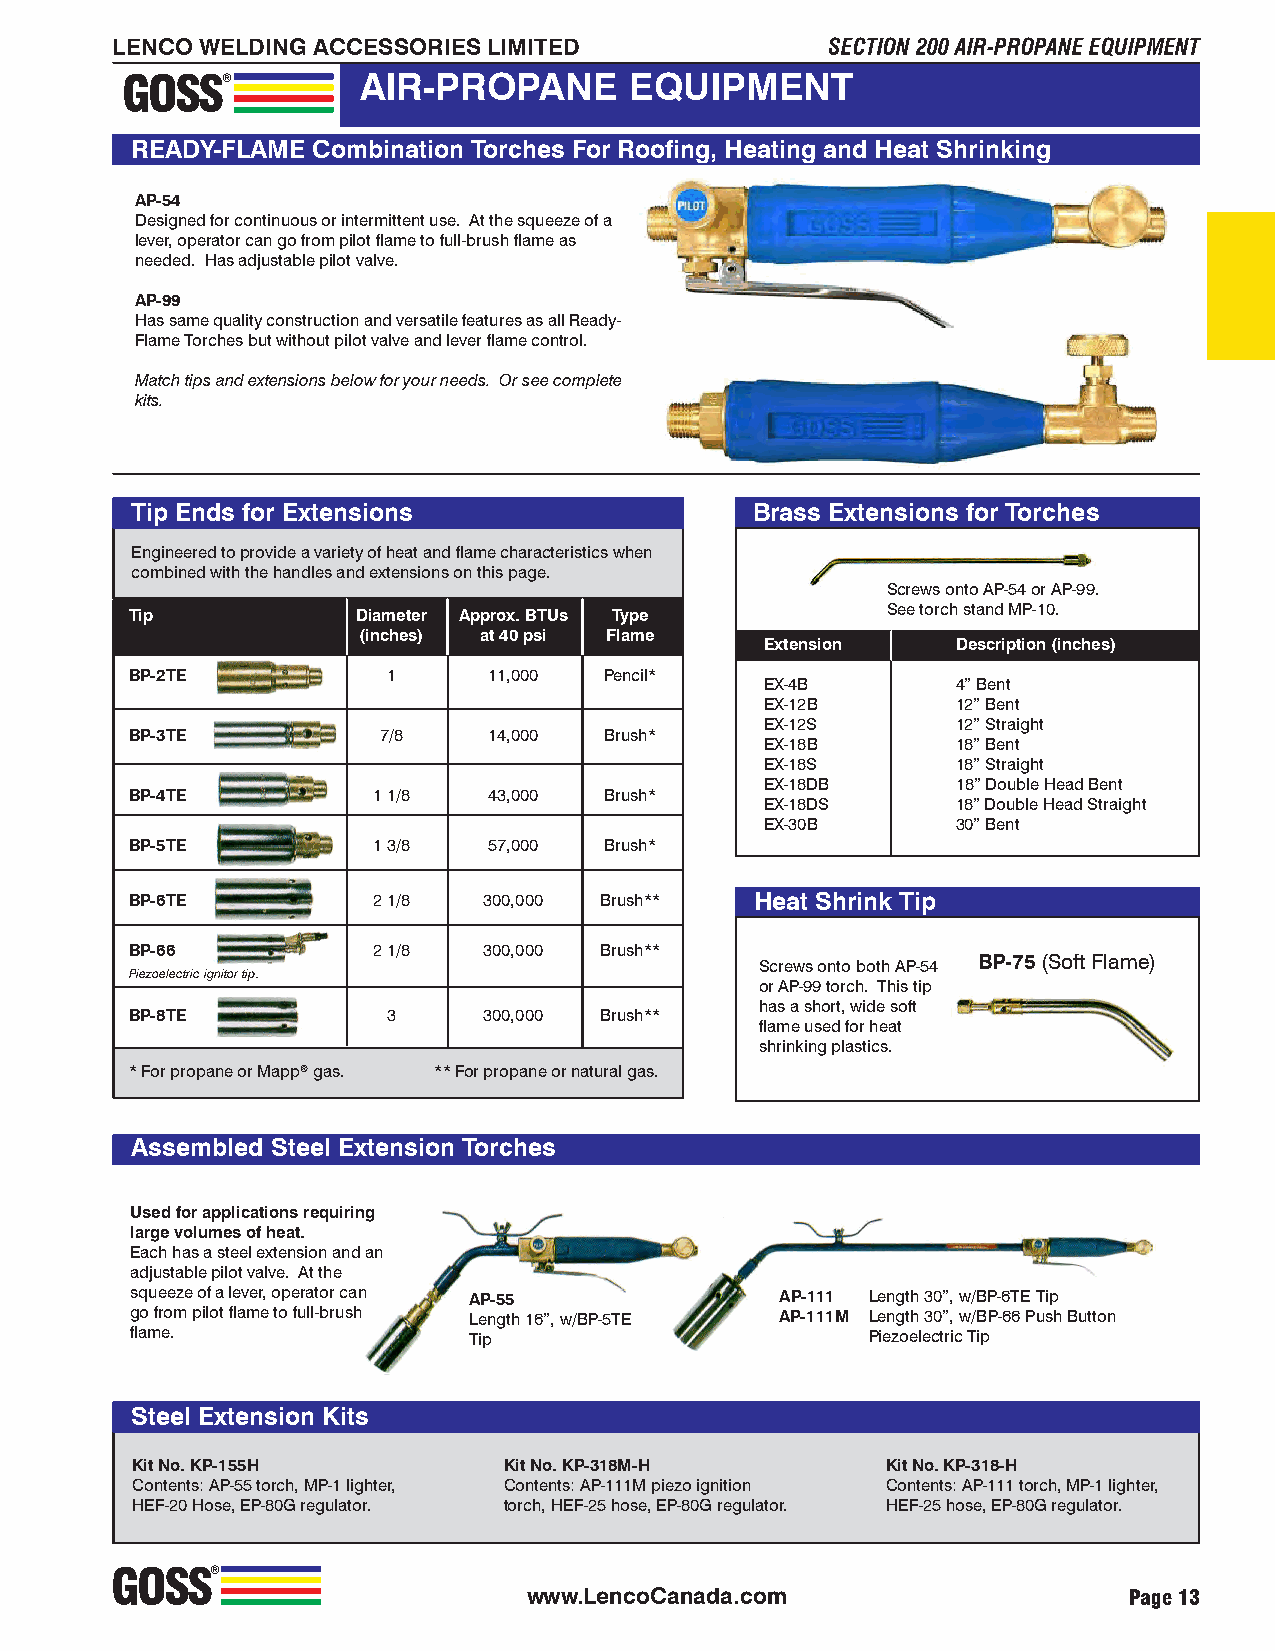
LENCO WELDING ACCESSORIES LIMITED               SECTION 200 AIR-PROPANE EQUIPMENT
 GOSS®           AIR-PROPANE       EQUIPMENT
 READY-FLAME Combination Torches For Roofing, Heating and Heat Shrinking
 AP-54
 Designed for continuous or intermittent use. At the squeeze of a
 lever, operator can go from pilot flame to full-brush flame as
 needed. Has adjustable pilot valve.
 AP-99
 Has same quality construction and versatile features as all Ready-
 Flame Torches but without pilot valve and lever flame control.
 Match tips and extensions below for your needs. Or see complete
 kits.
 Tip Ends for Extensions                  Brass Extensions for Torches
 Engineered to provide a variety of heat and flame characteristics when
 combined with the handles and extensions on this page.
 Screws onto AP-54 or AP-99.
 Tip            Diameter Approx. BTUs Type         See torch stand MP-10.
 (inches) at 40 psi Flame
 Extension   Description (inches)
 BP-2TE           1     11,000  Pencil*
 EX-4B       4” Bent
 EX-12B      12” Bent
 EX-12S      12” Straight
 BP-3TE          7/8    14,000  Brush*
 EX-18B      18” Bent
 EX-18S      18” Straight
 EX-18DB     18” Double Head Bent
 BP-4TE          1 1/8  43,000  Brush*
 EX-18DS     18” Double Head Straight
 EX-30B      30” Bent
 BP-5TE          1 3/8  57,000  Brush*
 BP-6TE          2 1/8  300,000 Brush**   Heat Shrink Tip
 BP-66           2 1/8  300,000 Brush**
 Screws onto both AP-54 BP-75 (Soft Flame)
 Piezoelectric ignitor tip.
 or AP-99 torch. This tip
 has a short, wide soft
 BP-8TE           3     300,000 Brush**
 flame used for heat
 shrinking plastics.
 * For propane or Mapp® gas. ** For propane or natural gas.
 Assembled Steel Extension Torches
 Used for applications requiring
 large volumes of heat.
 Each has a steel extension and an
 adjustable pilot valve. At the
 squeeze of a lever, operator can AP-55     AP-111 Length 30”, w/BP-6TE Tip
 go from pilot flame to full-brush Length 16”, w/BP-5TE AP-111M Length 30”, w/BP-66 Push Button
 flame.                Tip                        Piezoelectric Tip
 Steel Extension Kits
 Kit No. KP-155H         Kit No. KP-318M-H         Kit No. KP-318-H
 Contents: AP-55 torch, MP-1 lighter, Contents: AP-111M piezo ignition Contents: AP-111 torch, MP-1 lighter,
 HEF-20 Hose, EP-80G regulator. torch, HEF-25 hose, EP-80G regulator. HEF-25 hose, EP-80G regulator.
 GOSS®
 www.LencoCanada.com                     Page 13